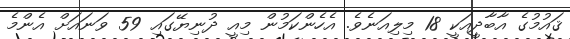
ޤައުމުގެ އާބާދީއަކީ 18 މިލިއަނެވެ. އެހެންކަމުން މިއީ ދުނިޔޭގައި 59 ވަނައަށް އެންމެ